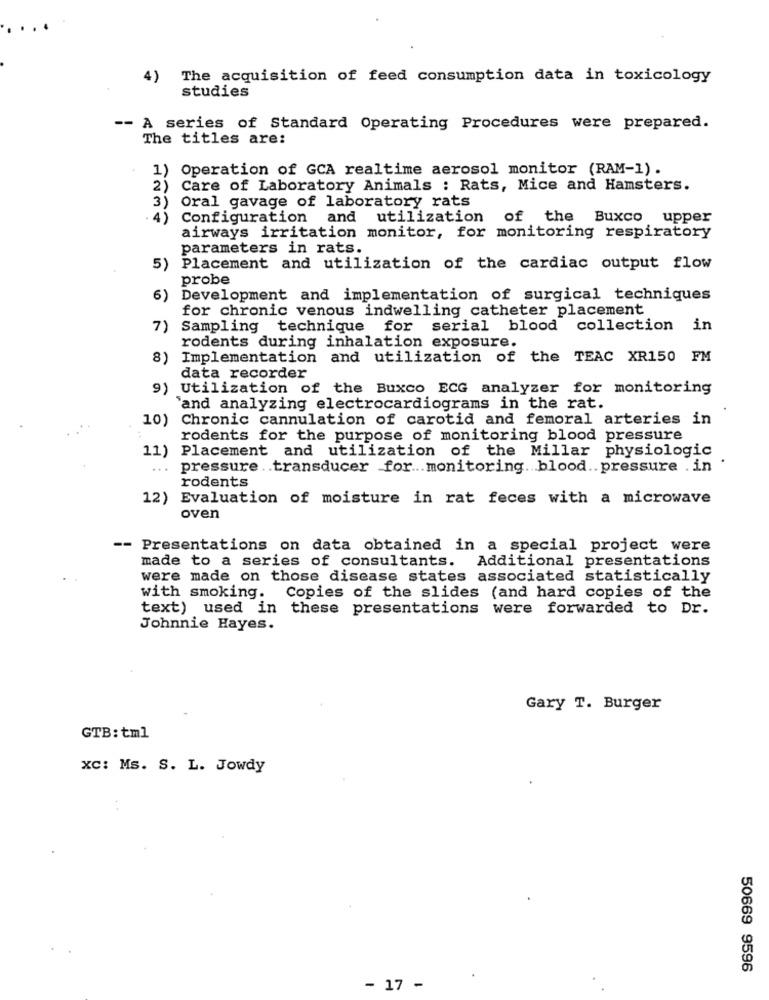
4)
The acquisition of feed consumption data in toxicology
studies
-- A series of Standard Operating Procedures were prepared.
The titles are:
1) Operation of GCA realtime aerosol monitor (RAM-1).
2) Care of Laboratory Animals : Rats, Mice and Hamsters.
3) Oral gavage of laboratory rats
Configuration and utilization of the Buxco upper
airways irritation monitor, for monitoring respiratory
parameters in rats.
5)
Placement and utilization of the cardiac output flow
probe
6) Development and implementation of surgical techniques
for chronic venous indwelling catheter placement
7) Sampling technique for serial blood collection in
rodents during inhalation exposure.
8) Implementation and utilization of the TEAC XR150 FM
data recorder
9) Utilization of the Buxco ECG analyzer for monitoring
`and analyzing electrocardiograms in the rat.
10) Chronic cannulation of carotid and femoral arteries in
rodents for the purpose of monitoring blood pressure
11) Placement and utilization of the Millar physiologic
...
pressure .. transducer for ... monitoring. blood .. pressure . in .
rodents
12) Evaluation of moisture in rat feces with a microwave
oven
Presentations on data obtained in a special project were
made to a series of consultants. Additional presentations
were made on those disease states associated statistically
with smoking. Copies of the slides (and hard copies of the
text) used in
these presentations were forwarded to Dr.
Johnnie Hayes.
Gary T. Burger
GTB:tml
xc: Ms. S. L. Jowdy
50669 9596
- 17 -